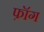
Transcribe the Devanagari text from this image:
फ़ॉग